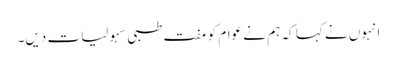
انہوں نے کہا کہ ہم نے عوام کو مفت طبی سہولیات دیں۔